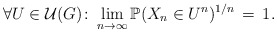
\begin{align*}\forall U \in \mathcal{U}(G) \colon \lim_{n \rightarrow \infty}\mathbb{P}(X_n \in U^n)^{1/n}\,= \,1 .\end{align*}